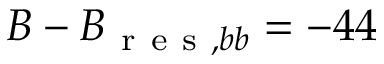
B - B _ { \mathrm { ~ r ~ e ~ s ~ } , b b } = - 4 4